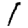
Digit: 1